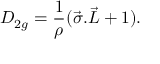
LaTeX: { \cal D } _ { 2 g } = \frac { 1 } { \rho } ( \vec { \sigma } . \vec { \cal L } + 1 ) .